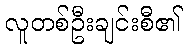
လူတစ်ဦးချင်းစီ၏